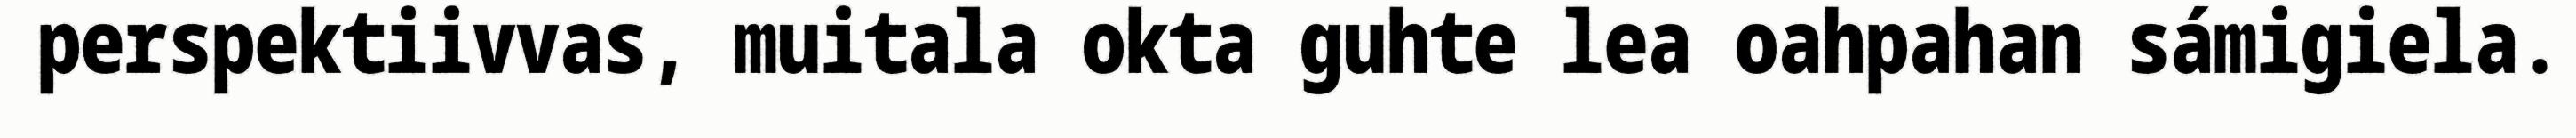
perspektiivvas, muitala okta guhte lea oahpahan sámigiela.